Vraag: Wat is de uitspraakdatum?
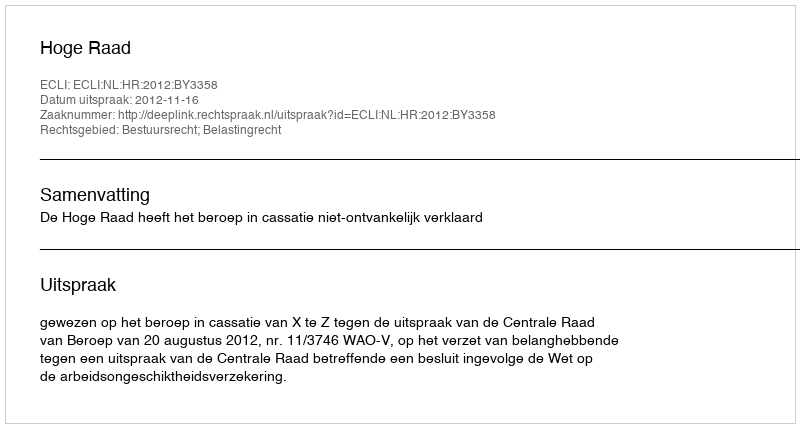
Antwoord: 2012-11-16